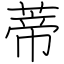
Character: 蒂